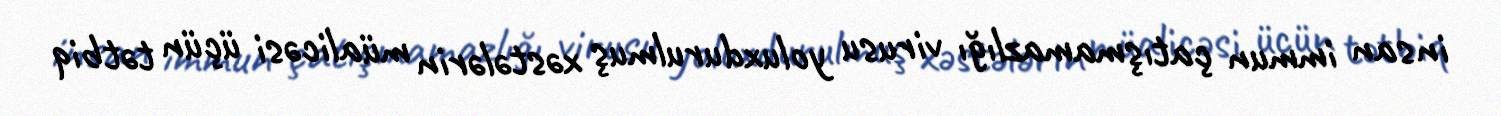
insan immun çatışmamazlığı virusu yoluxdurulmuş xəstələrin müalicəsi üçün tətbiq